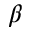
\beta